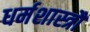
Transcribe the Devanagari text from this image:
धर्मशास्त्रौं